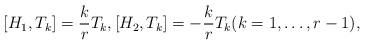
LaTeX: \begin{align*} [H_1, T_k] = \frac{k}{r} T_k, [H_2, T_k] =-\frac{k}{r} T_k (k=1, \dots, r-1),\end{align*}